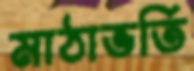
মাঠাভর্তি